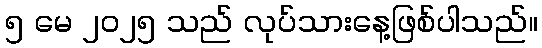
၅ မေ ၂၀၂၅ သည် လုပ်သားနေ့ဖြစ်ပါသည်။